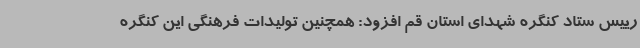
رییس ستاد کنگره شهدای استان قم افزود: همچنین تولیدات فرهنگی این کنگره